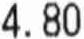
4.80